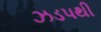
ઝડપથી